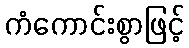
ကံကောင်းစွာဖြင့်